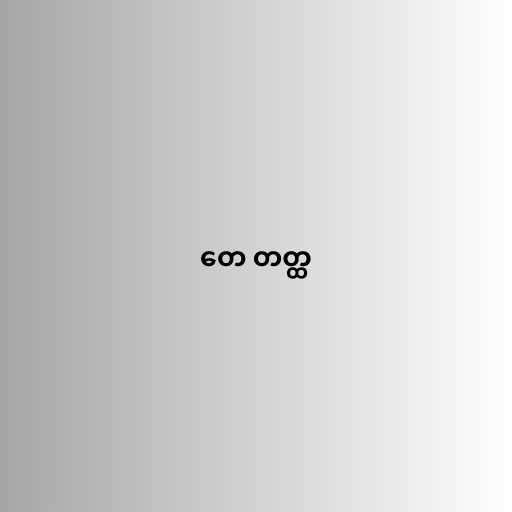
တေ တတ္ထ